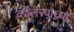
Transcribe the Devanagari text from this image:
कॉलन्यांच्या